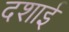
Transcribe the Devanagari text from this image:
दशाई